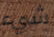
شيء